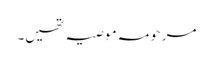
مرحومہ موصیہ تھیں۔